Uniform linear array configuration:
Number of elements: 16
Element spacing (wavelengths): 1
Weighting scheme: binomial
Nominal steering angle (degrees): -30
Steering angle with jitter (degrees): -29.057
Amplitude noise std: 0.05
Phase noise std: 0.05

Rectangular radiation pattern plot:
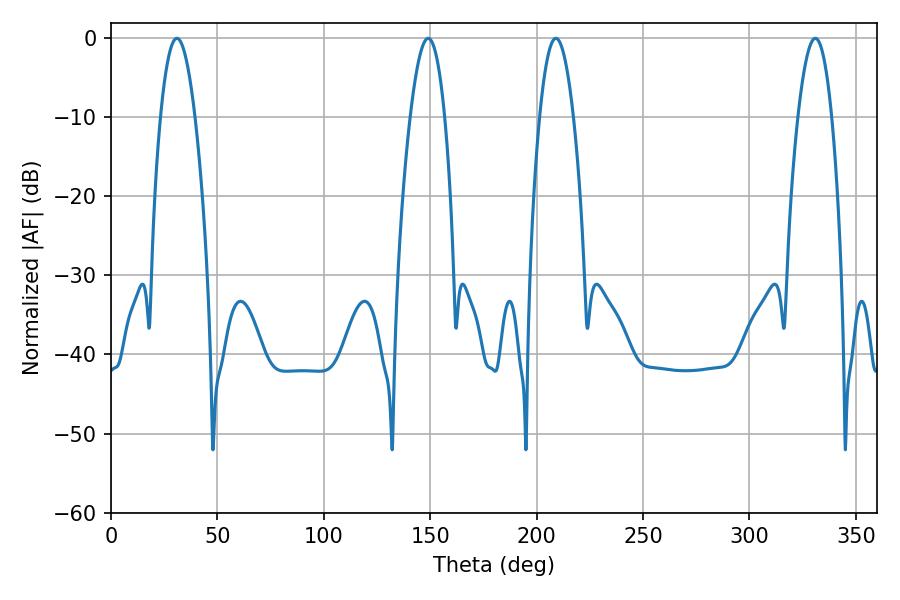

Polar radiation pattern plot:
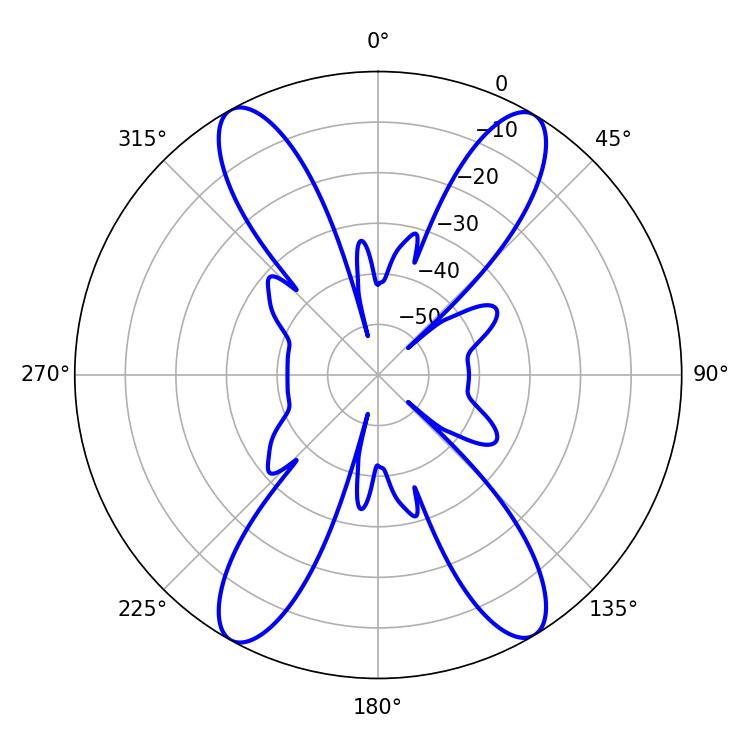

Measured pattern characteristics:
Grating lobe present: TRUE
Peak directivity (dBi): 21.816
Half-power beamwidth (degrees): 8.82
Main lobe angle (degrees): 30.96